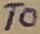
Text: T0